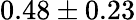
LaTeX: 0.48\pm 0.23